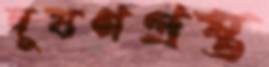
দূষণগ্রস্ত